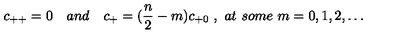
c _ { + + } = 0 \quad a n d \quad c _ { + } = ( { \frac { n } { 2 } } - m ) c _ { + 0 } \ , \ a t \ s o m e \ m = 0 , 1 , 2 , \dots